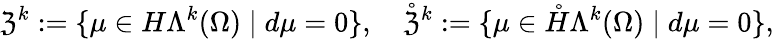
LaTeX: \mathfrak{Z}^{k}:=\{ \mu\in H\Lambda^{k}(\Omega)\mid d\mu=0\} ,\quad\mathring{\mathfrak{Z}}^{k}:=\{ \mu\in\mathring{H}\Lambda^{k}(\Omega)\mid d\mu=0\} ,